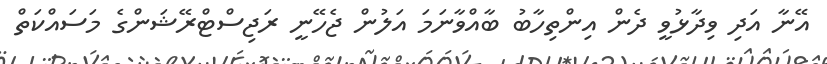
އޭނާ އަދި ވިދާޅުވީ ދެން އިންތިހާބު ބާއްވާނަމަ އަލުން ޖެހޭނީ ރަޖިސްޓްރޭޝަންގެ މަސައްކަތް